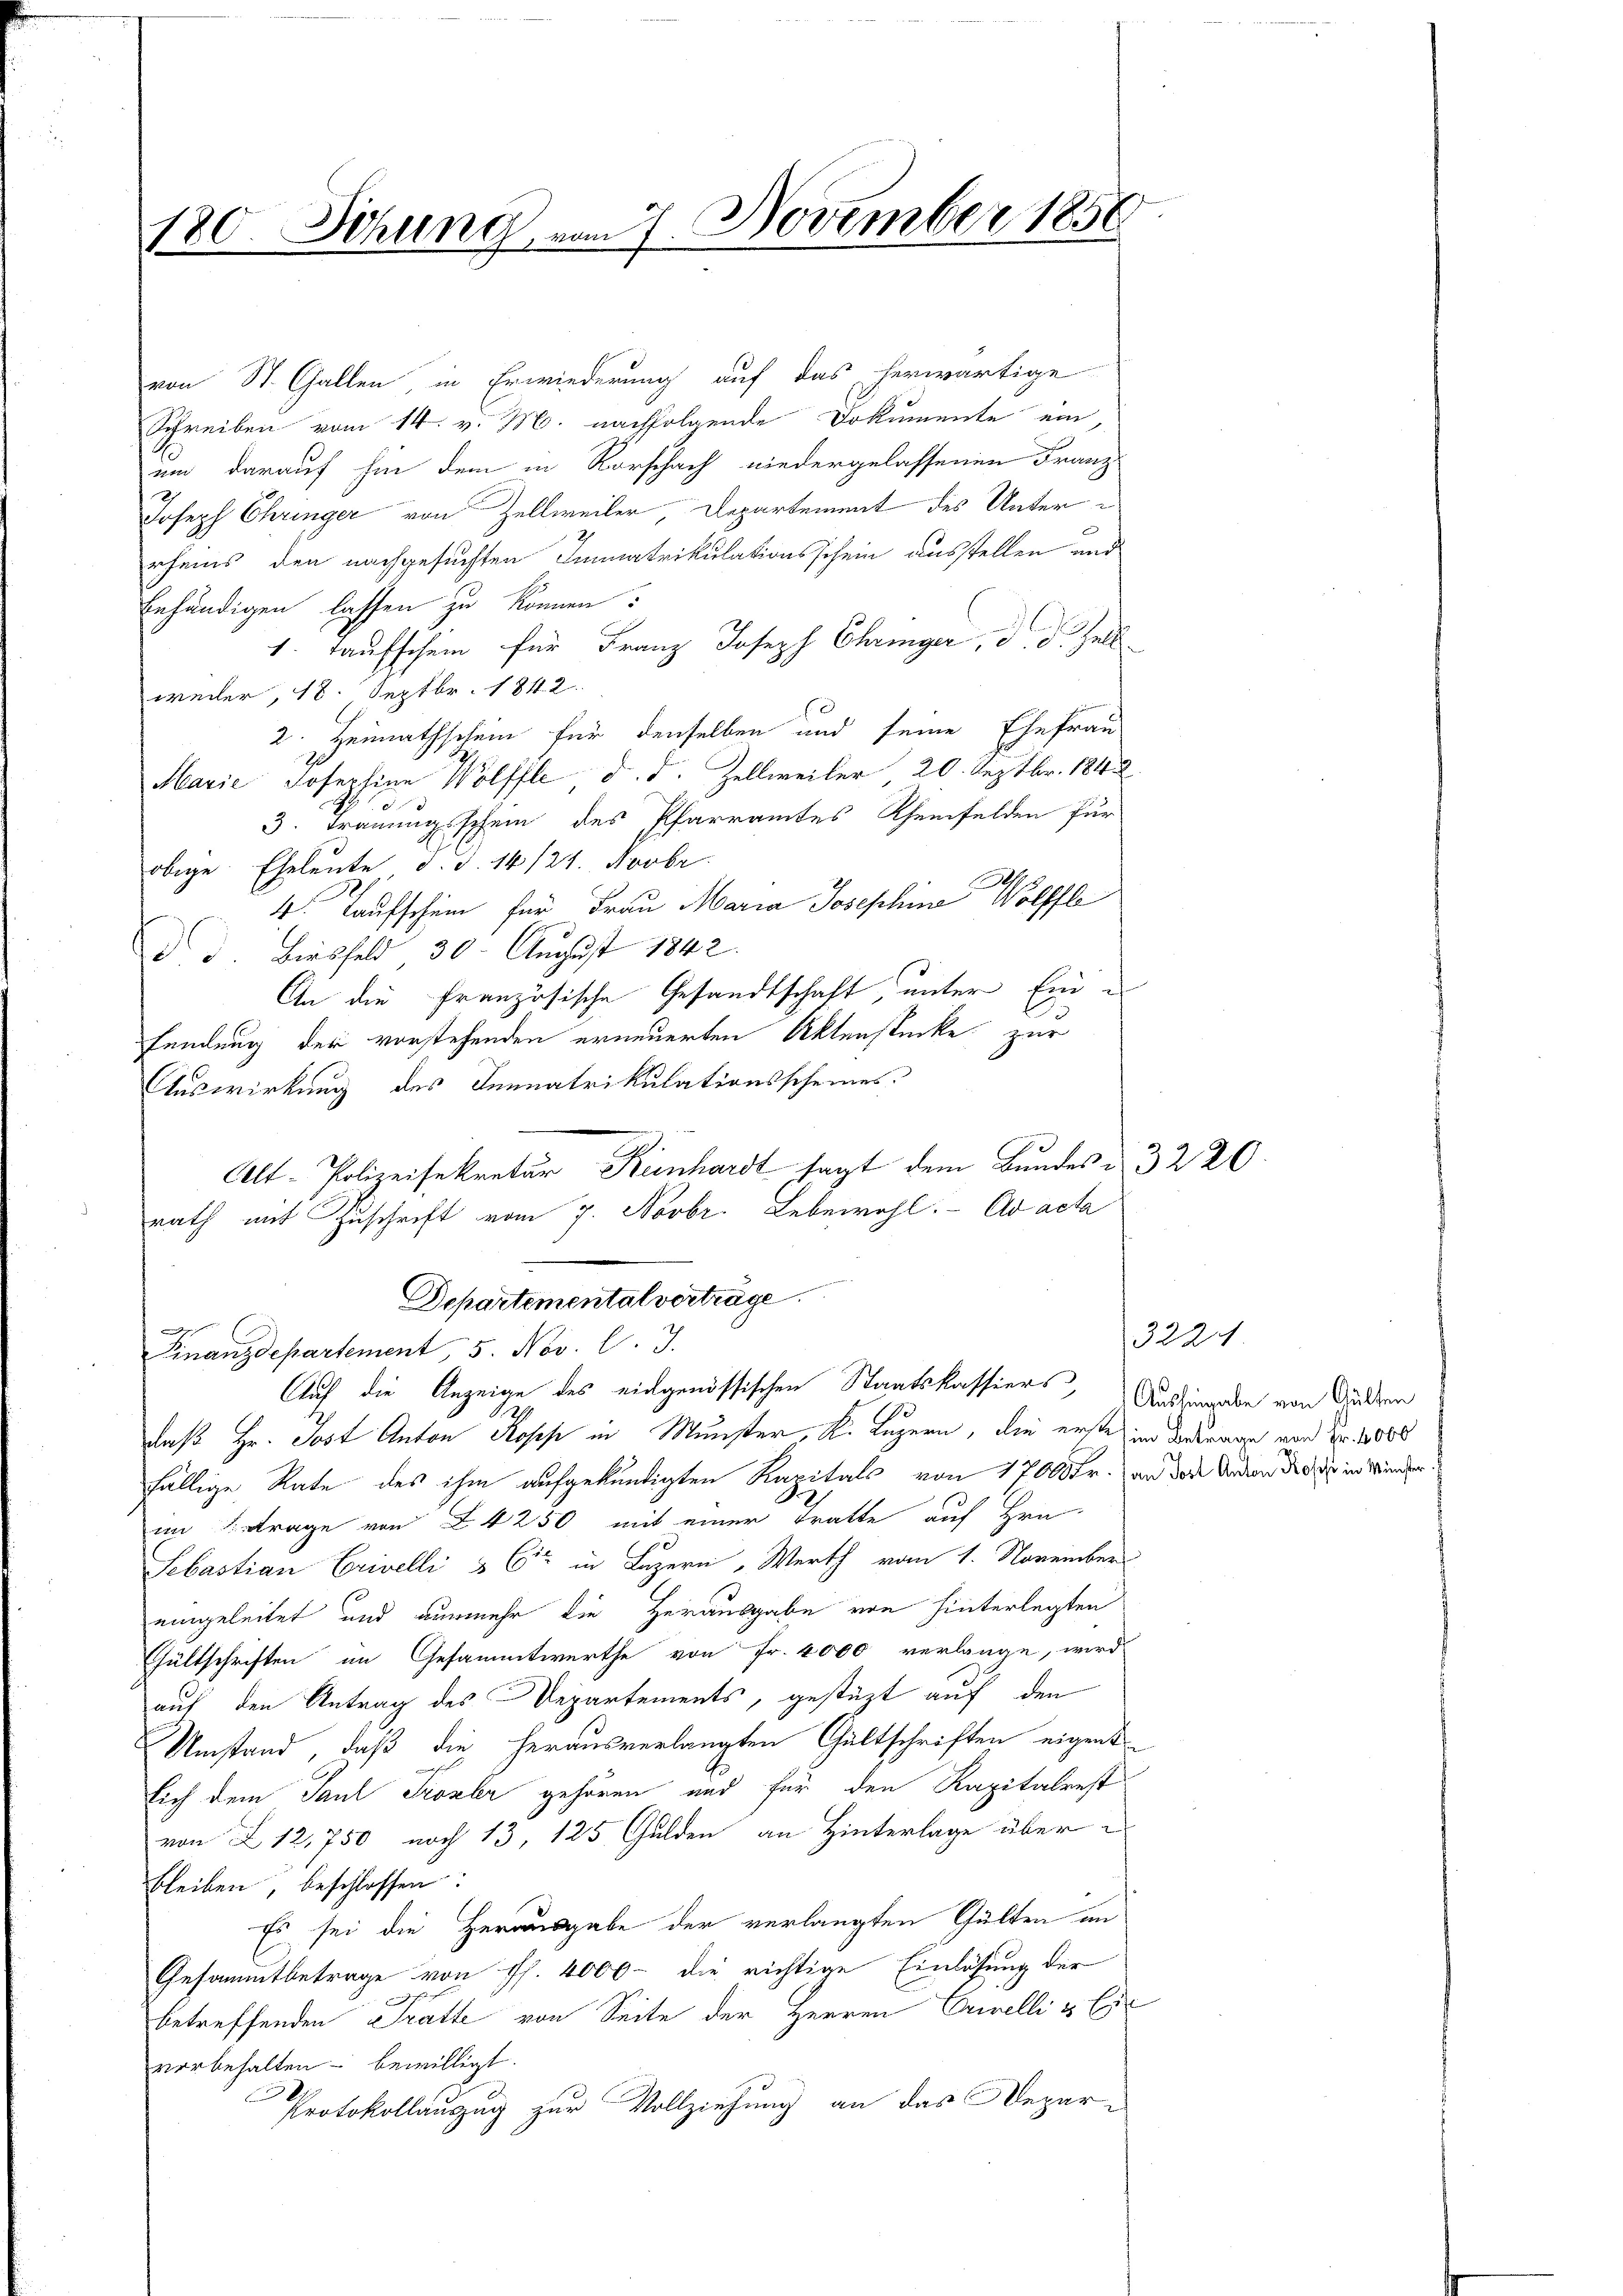
180. Sitzung vom 7. November 1856

von St. Gallen, in Erwiederung auf das herwärtige
Schreiben vom 14. v. M. nachfolgende Dokumente ein,
um darauf hin dem in Rorschach niedergelassenen Franz
Joseph Chringer von Zellweiler Departement des Unterrheis den nachgesuchten Immatrikulationsschein ausstellen und
Enhändigen lassen zu können?
1. Taufschein für Franz Joseph Chringer, d. d. Zell
weiler, 18. Septbr. 1842
2. Heimathschein für denselben und seine Ehefrau
Marie Josephine Wolffle d. d. Zellweiler 20. Septbr. 1842
ennen
3. Trauungsschein des Pfarramtes Rheinfelden für
obige Eheleute d. d. 14/24. Novbr.
4. Taufschein für Frau Maria Josephine Wolffle
d d. Birsfeld 30. August 1842.
An die Französische Gesandtschaft, unter Einsendung der vorstehenden erneuerten Aktenstücke zur
Auswirkung des Innnatrikulationsscheines
Alt-Polizeisekretär Keinhardt sagt dem Bundes u. 32 20
rath mit Zuschrift vom 7. Novbr. Lebewohl. ad acta
Departementalverträge.
|
Finanzdepartement, 5. Nov. l. J.
Auf die Anzeige des eidgenössischen Staatskassiers, Andringabe von Gulden
daß Hr. Jost Anton Kopp in Münster, K. Luzern, die erste im Widerrage von Nr. 2000
fällige Rate des ihm aufgekündigten Kapitals von 1700 Fr. an des Andern der Dir in Wunderim Betrage von § 4250 mit einer Tratte auf Hrn.
Sebastian Crivelli & Cie in Luzern, Werth vom 1. November
eingeleitet und nunmehr die Herausgabe von hinterlegten
Gültschriften im Gesammtwerthe von Fr. 4000 verlange, wird
auf den Antrag des Departements, gestüzt auf den
Umstand, daß die herausverlangten Gültschriften eigent
lich dem Paul Prozer gehören und für den Kapitalrest
von 212,750 noch 13, 125 Gulden an Hinterlage über
bleiben, beschlossen:
Es sei die Herausgabe der verlangten Gülten an
Gesammtbetrage von Hs. 4000 - die richtige Einlösung der
betreffenden Tratte von Seite der Herren Erwelli & Ci
vorbehalten bewilligt.
Protokollauszug zur Vollziehung an das Depar¬

3224.